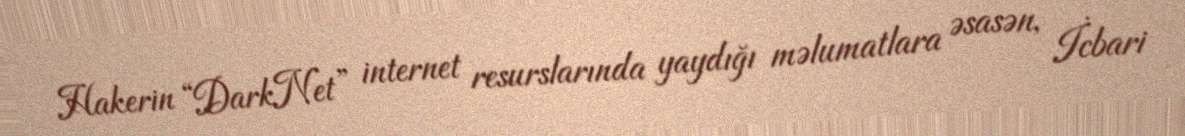
Hakerin “DarkNet” internet resurslarında yaydığı məlumatlara əsasən, İcbari